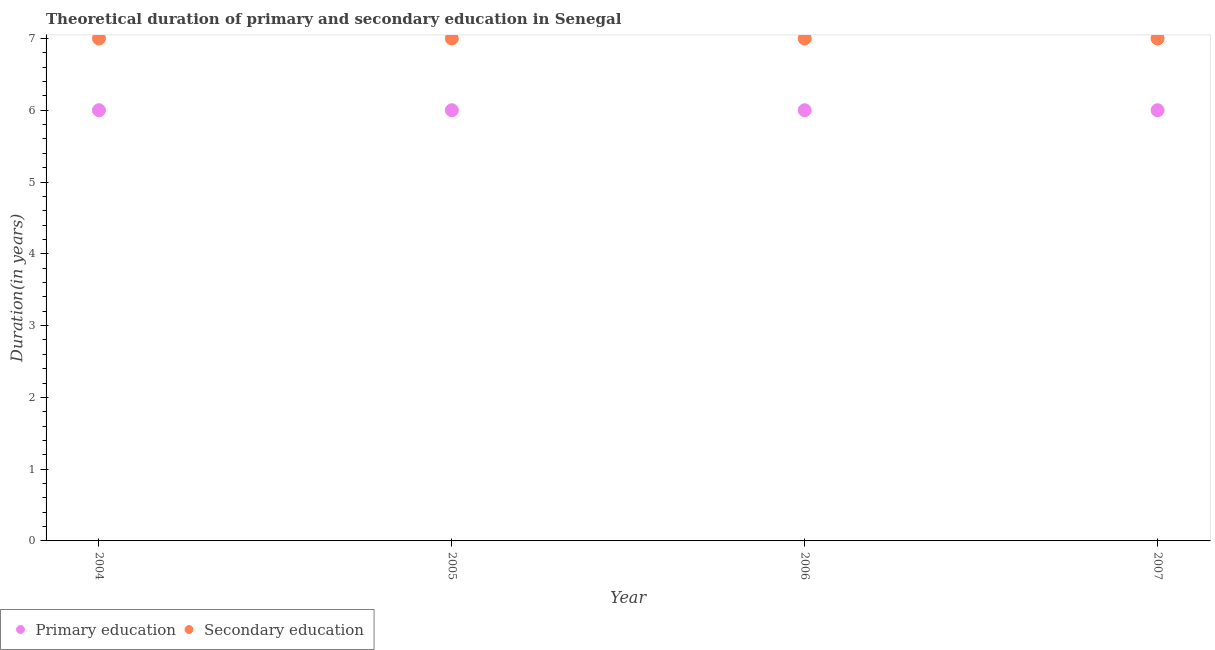
| Year | Primary education | Secondary education |
 | --- | --- | --- |
 | 2004 | 6 | 7 |
 | 2005 | 6 | 7 |
 | 2006 | 6 | 7 |
 | 2007 | 6 | 7 |